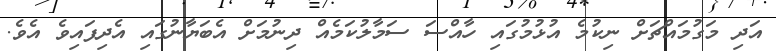
އަދި މަގުމައްޗަށް ނިކުމެ އުޅުމުގައި ހާއްސަ ސަމާލުކަމެއް ދިނުމަށް އެބަޔާނުގައި އެދިފައިވެ އެވެ.